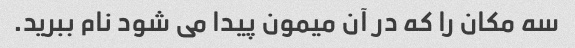
سه مکان را که در آن میمون پیدا می شود نام ببرید.